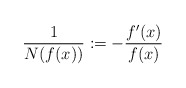
\begin{align*}\frac{1}{N(f(x))}:=-\frac{f'(x)}{f(x)} \end{align*}